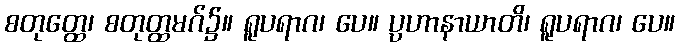
စတုတ္ထေ၊ စတုတ္ထမဂ်၌။ ရူပရာဂ၊ ပေ။ ပ္ပဟာနာယာတိ၊ ရူပရာဂ၊ ပေ။